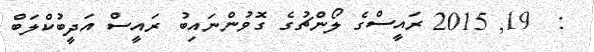
:  19